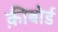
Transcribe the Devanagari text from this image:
क़ीबोर्ड